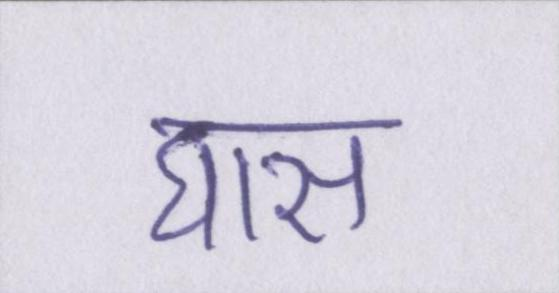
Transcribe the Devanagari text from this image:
घास